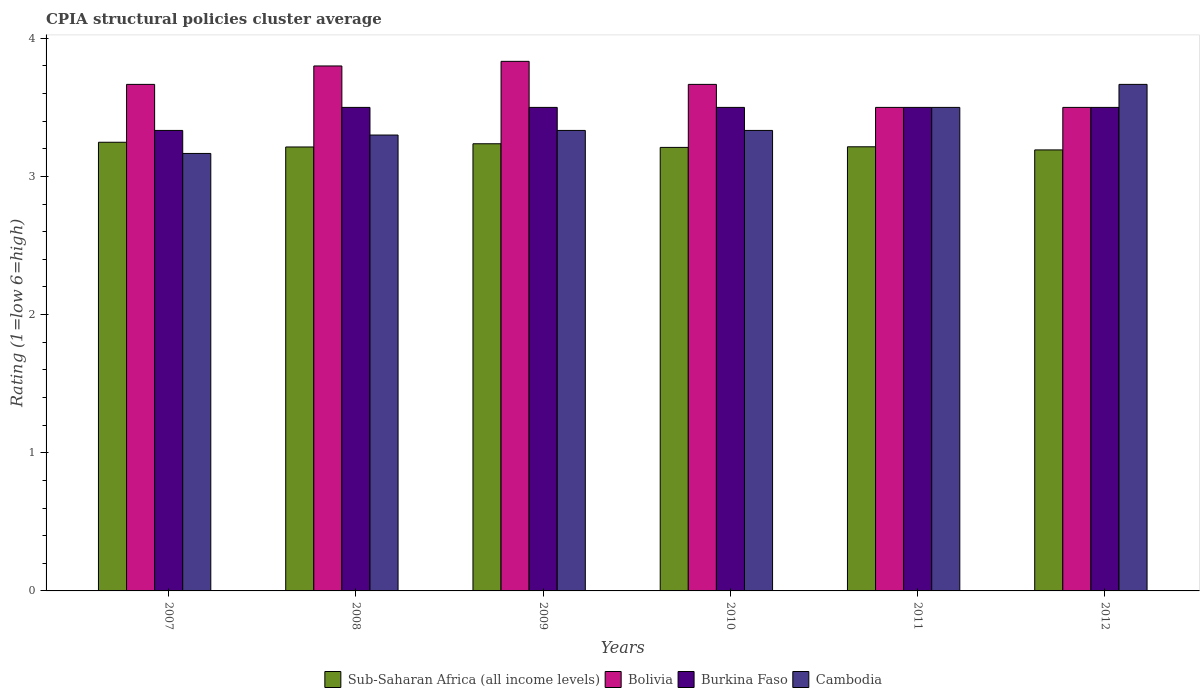
| Years | Sub-Saharan Africa (all income levels) | Bolivia | Burkina Faso | Cambodia |
 | --- | --- | --- | --- | --- |
 | 2007 | 3.25 | 3.67 | 3.33 | 3.17 |
 | 2008 | 3.21 | 3.8 | 3.5 | 3.3 |
 | 2009 | 3.24 | 3.83 | 3.5 | 3.33 |
 | 2010 | 3.21 | 3.67 | 3.5 | 3.33 |
 | 2011 | 3.21 | 3.5 | 3.5 | 3.5 |
 | 2012 | 3.19 | 3.5 | 3.5 | 3.67 |